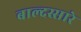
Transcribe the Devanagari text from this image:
बाल्दस्सारे